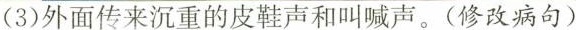
(3)外面传来沉重的皮鞋声和叫喊声。(修改病句)